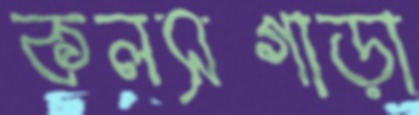
কলসগাড়া